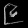
Digit: ၉